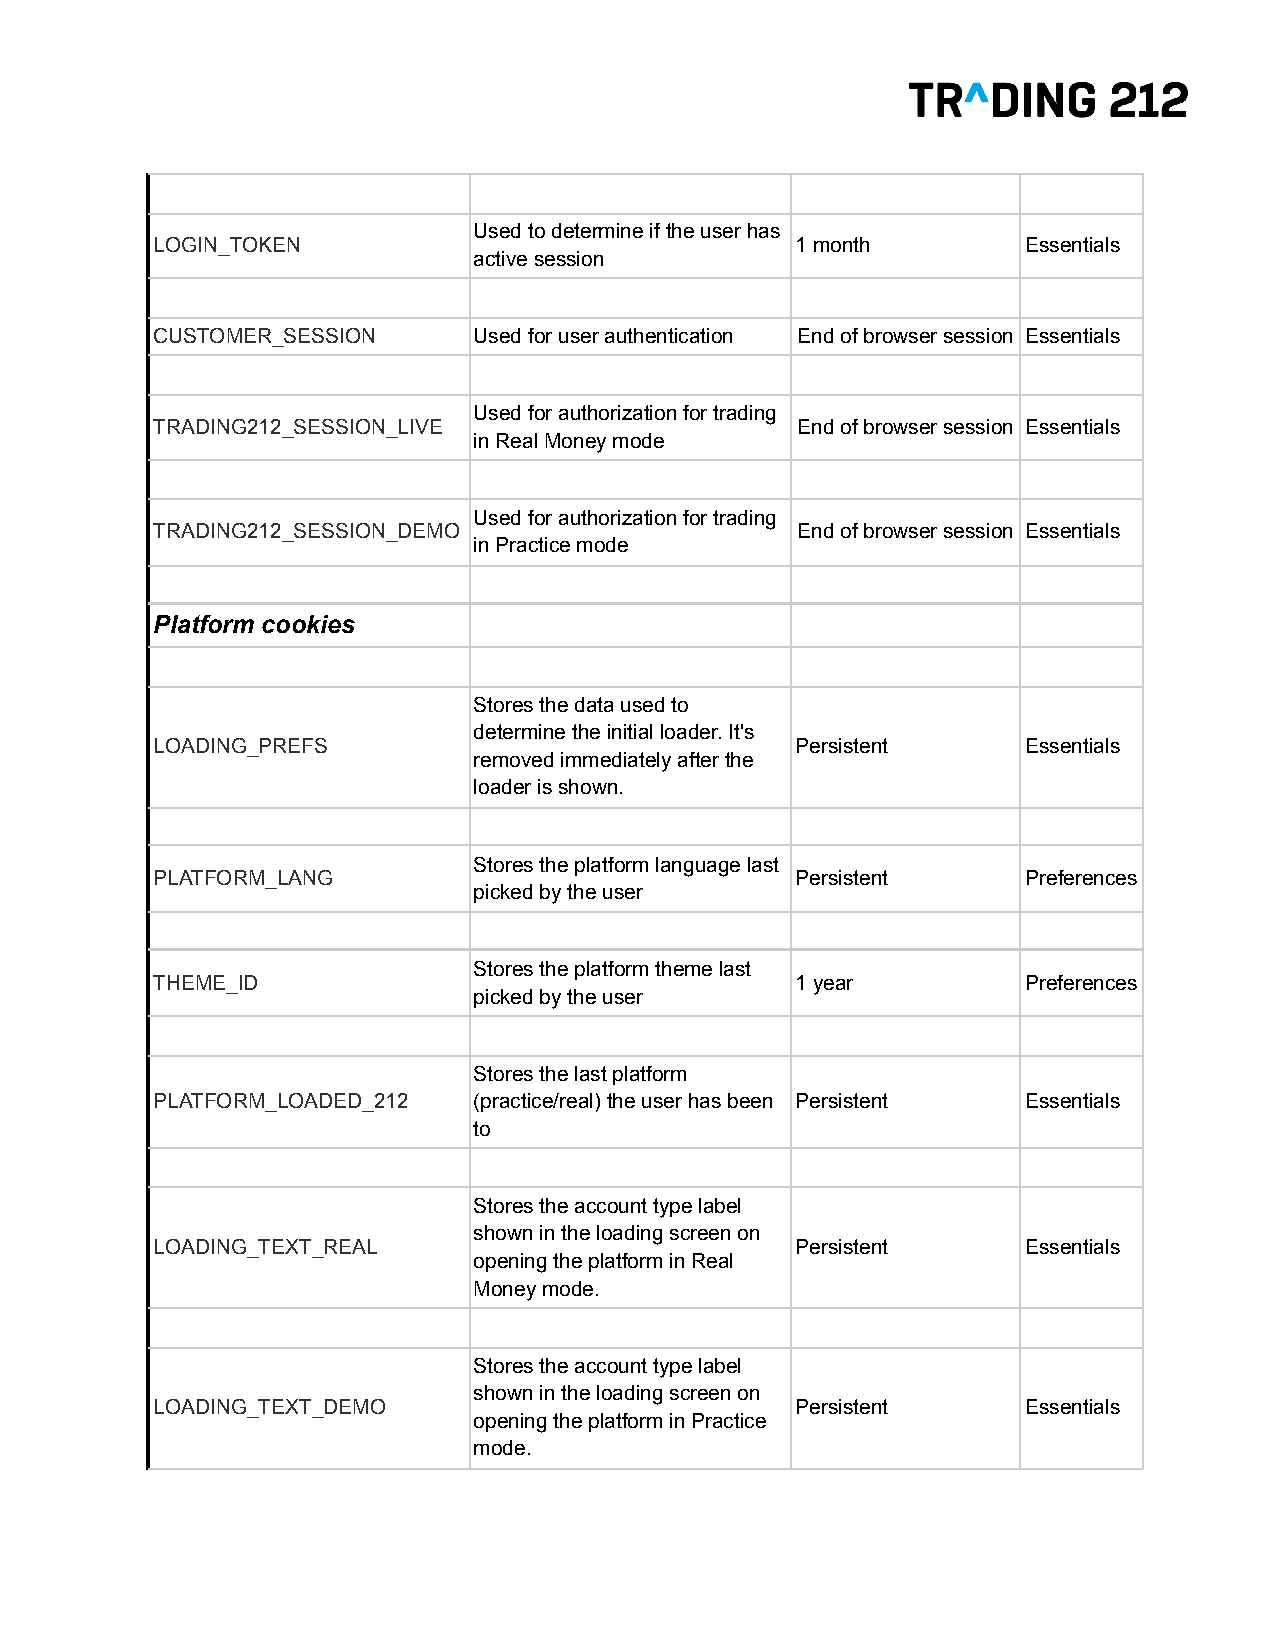
Used to determine if the user has
 LOGIN_TOKEN                                1 month        Essentials
 active session
 CUSTOMER_SESSION     Used for user authentication End of browser session Essentials
 Used for authorization for trading
 TRADING212_SESSION_LIVE                    End of browser session Essentials
 in Real Money mode
 Used for authorization for trading
 TRADING212_SESSION_DEMO                    End of browser session Essentials
 in Practice mode
 Platform cookies
 Stores the data used to
 determine the initial loader. It's
 LOADING_PREFS                              Persistent     Essentials
 removed immediately after the
 loader is shown.
 Stores the platform language last
 PLATFORM_LANG                              Persistent     Preferences
 picked by the user
 Stores the platform theme last
 THEME_ID                                   1 year         Preferences
 picked by the user
 Stores the last platform
 PLATFORM_LOADED_212  (practice/real) the user has been Persistent Essentials
 to
 Stores the account type label
 shown in the loading screen on
 LOADING_TEXT_REAL                          Persistent     Essentials
 opening the platform in Real
 Money mode.
 Stores the account type label
 shown in the loading screen on
 LOADING_TEXT_DEMO                          Persistent     Essentials
 opening the platform in Practice
 mode.